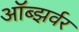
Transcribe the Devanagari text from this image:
ऑब्झर्वर